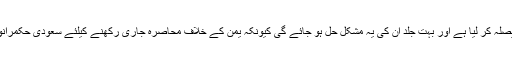
اس وقت یمنی عوام اور فورسز نے اپنی یہ مشکل خود حل کرنے کا فیصلہ کر لیا ہے اور بہت جلد ان کی یہ مشکل حل ہو جائے گی کیونکہ یمن کے خلاف محاصرہ جاری رکھنے کیلئے سعودی حکمرانوں کو بھاری تاوان ادا کرنا پڑے گا جو ان کیلئے ناقابل برداشت ہو گا۔